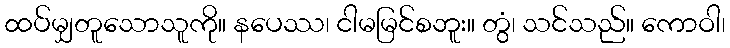
ထပ်မျှတူသောသူကို။ နပေဿ၊ ငါမမြင်စဘူး။ တွံ၊ သင်သည်။ ကောဝါ၊